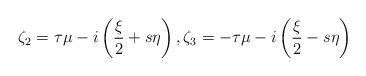
LaTeX: \begin{align*}\zeta_{2}= \tau \mu-i\left(\frac{\xi}{2}+s\eta\right), \zeta_{3}=- \tau\mu-i\left(\frac{\xi}{2}-s\eta\right)\end{align*}